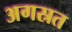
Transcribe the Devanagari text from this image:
अगस्रत